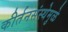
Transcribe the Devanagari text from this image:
कीर्तनसंस्थेमुळे